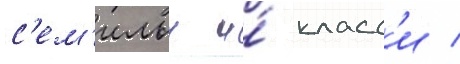
с'ем'ильи и́ класс'и /